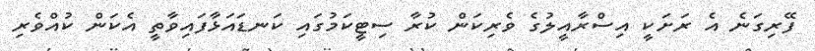
ފޭރިގަނެ އެ ރަށަކީ އިސްރާއީލުގެ ވެރިކަން ކުރާ ސިޓީކަމުގައި ކަނޑައަޅާފައިވާތީ އެކަން ކުއްވެރި